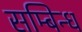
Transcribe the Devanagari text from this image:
सम्बिन्ध